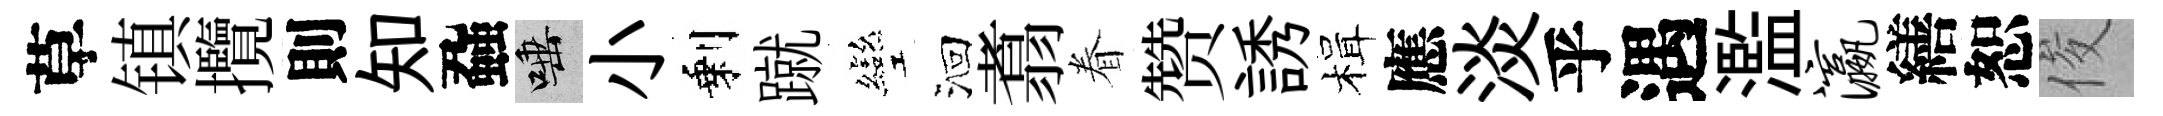
草镇攬則知蝨唾小剩蹴彎洄翥眷赞誘楫應淡乎遇濫瀛繕恕俊